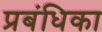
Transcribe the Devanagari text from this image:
प्रबंधिका